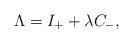
LaTeX: \begin{align*}\Lambda = I_+ + \lambda C_- ,\end{align*}